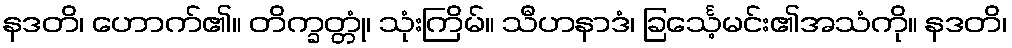
နဒတိ၊ ဟောက်၏။ တိက္ခတ္တုံ၊ သုံးကြိမ်။ သီဟနာဒံ၊ ခြင်္သေ့မင်း၏အသံကို။ နဒတိ၊